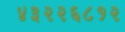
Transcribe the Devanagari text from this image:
४३२२६८१२